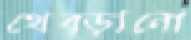
থেব্‌ড়ানো